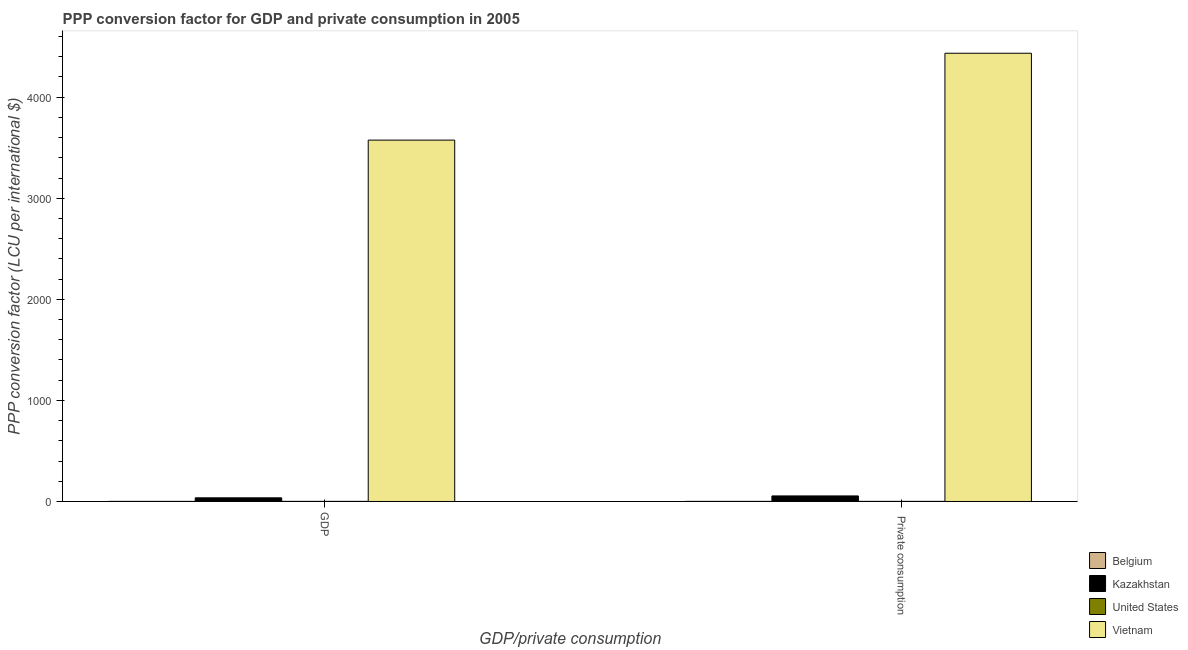
| GDP/private consumption | Belgium | Kazakhstan | United States | Vietnam |
 | --- | --- | --- | --- | --- |
 | GDP | 0.9 | 36 | 1 | 3.58e+03 |
 |  Private consumption | 0.924 | 54.9 | 1 | 4.43e+03 |